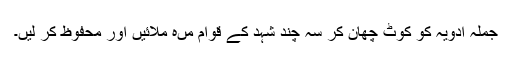
جملہ ادویہ کو کوٹ چھان کر سہ چند شہد کے قوام مںہ ملائیں اور محفوظ کر لیں۔